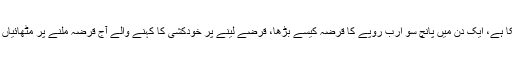
لائیٹ کی اسپیڈ سے چلنے والی حکومت کو معلوم نہیں ہوسکا کہ ملک کا پہیہ جام کیوں ہوچکا ہے، ایک دن میں پانچ سو ارب روپے کا قرضہ کیسے بڑھا، قرضے لینے پر خودکشی کا کہنے والے آج قرضہ ملنے پر مٹھائیاں بانٹ رہے ہیں، تین ماہ بعد سندھ کے مینڈیٹ پر ڈاکا ڈالنے آئے اور مایوس ہوکر بھاگ گئے۔